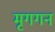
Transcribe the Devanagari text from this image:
मृगगन